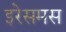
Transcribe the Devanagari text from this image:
इरेसमस